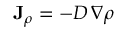
\mathbf { J } _ { \rho } = - D \, \nabla \rho